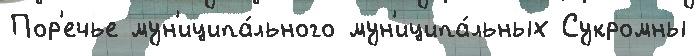
Пор'ечье мун'иципа́льного мун'иципа́льных Сукромны